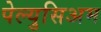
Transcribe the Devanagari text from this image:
पेल्युसिअम